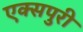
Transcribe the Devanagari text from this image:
एक्‍सपुरी